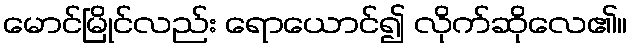
မောင်မြိုင်လည်း ရောယောင်၍ လိုက်ဆိုလေ၏။